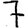
Digit: 7